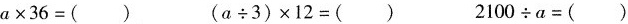
$$a\times3 6 = （）(a\div3)\times12=() 2100\diva=()